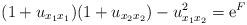
LaTeX: \begin{align*}(1+u_{x_1x_1})(1+u_{x_2x_2})-u_{x_1x_2}^2={\rm e}^F\end{align*}